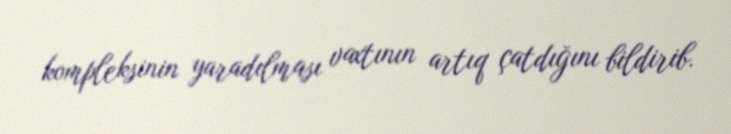
kompleksinin yaradılması vaxtının artıq çatdığını bildirib.